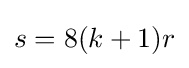
s=8(k+1)r